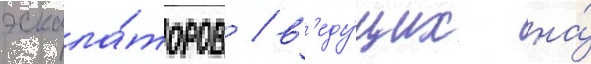
эскала́торов / в'еду́щих на́